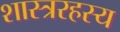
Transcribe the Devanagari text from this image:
शास्त्ररहस्य